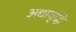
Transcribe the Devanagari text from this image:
अद्यावृद्धि